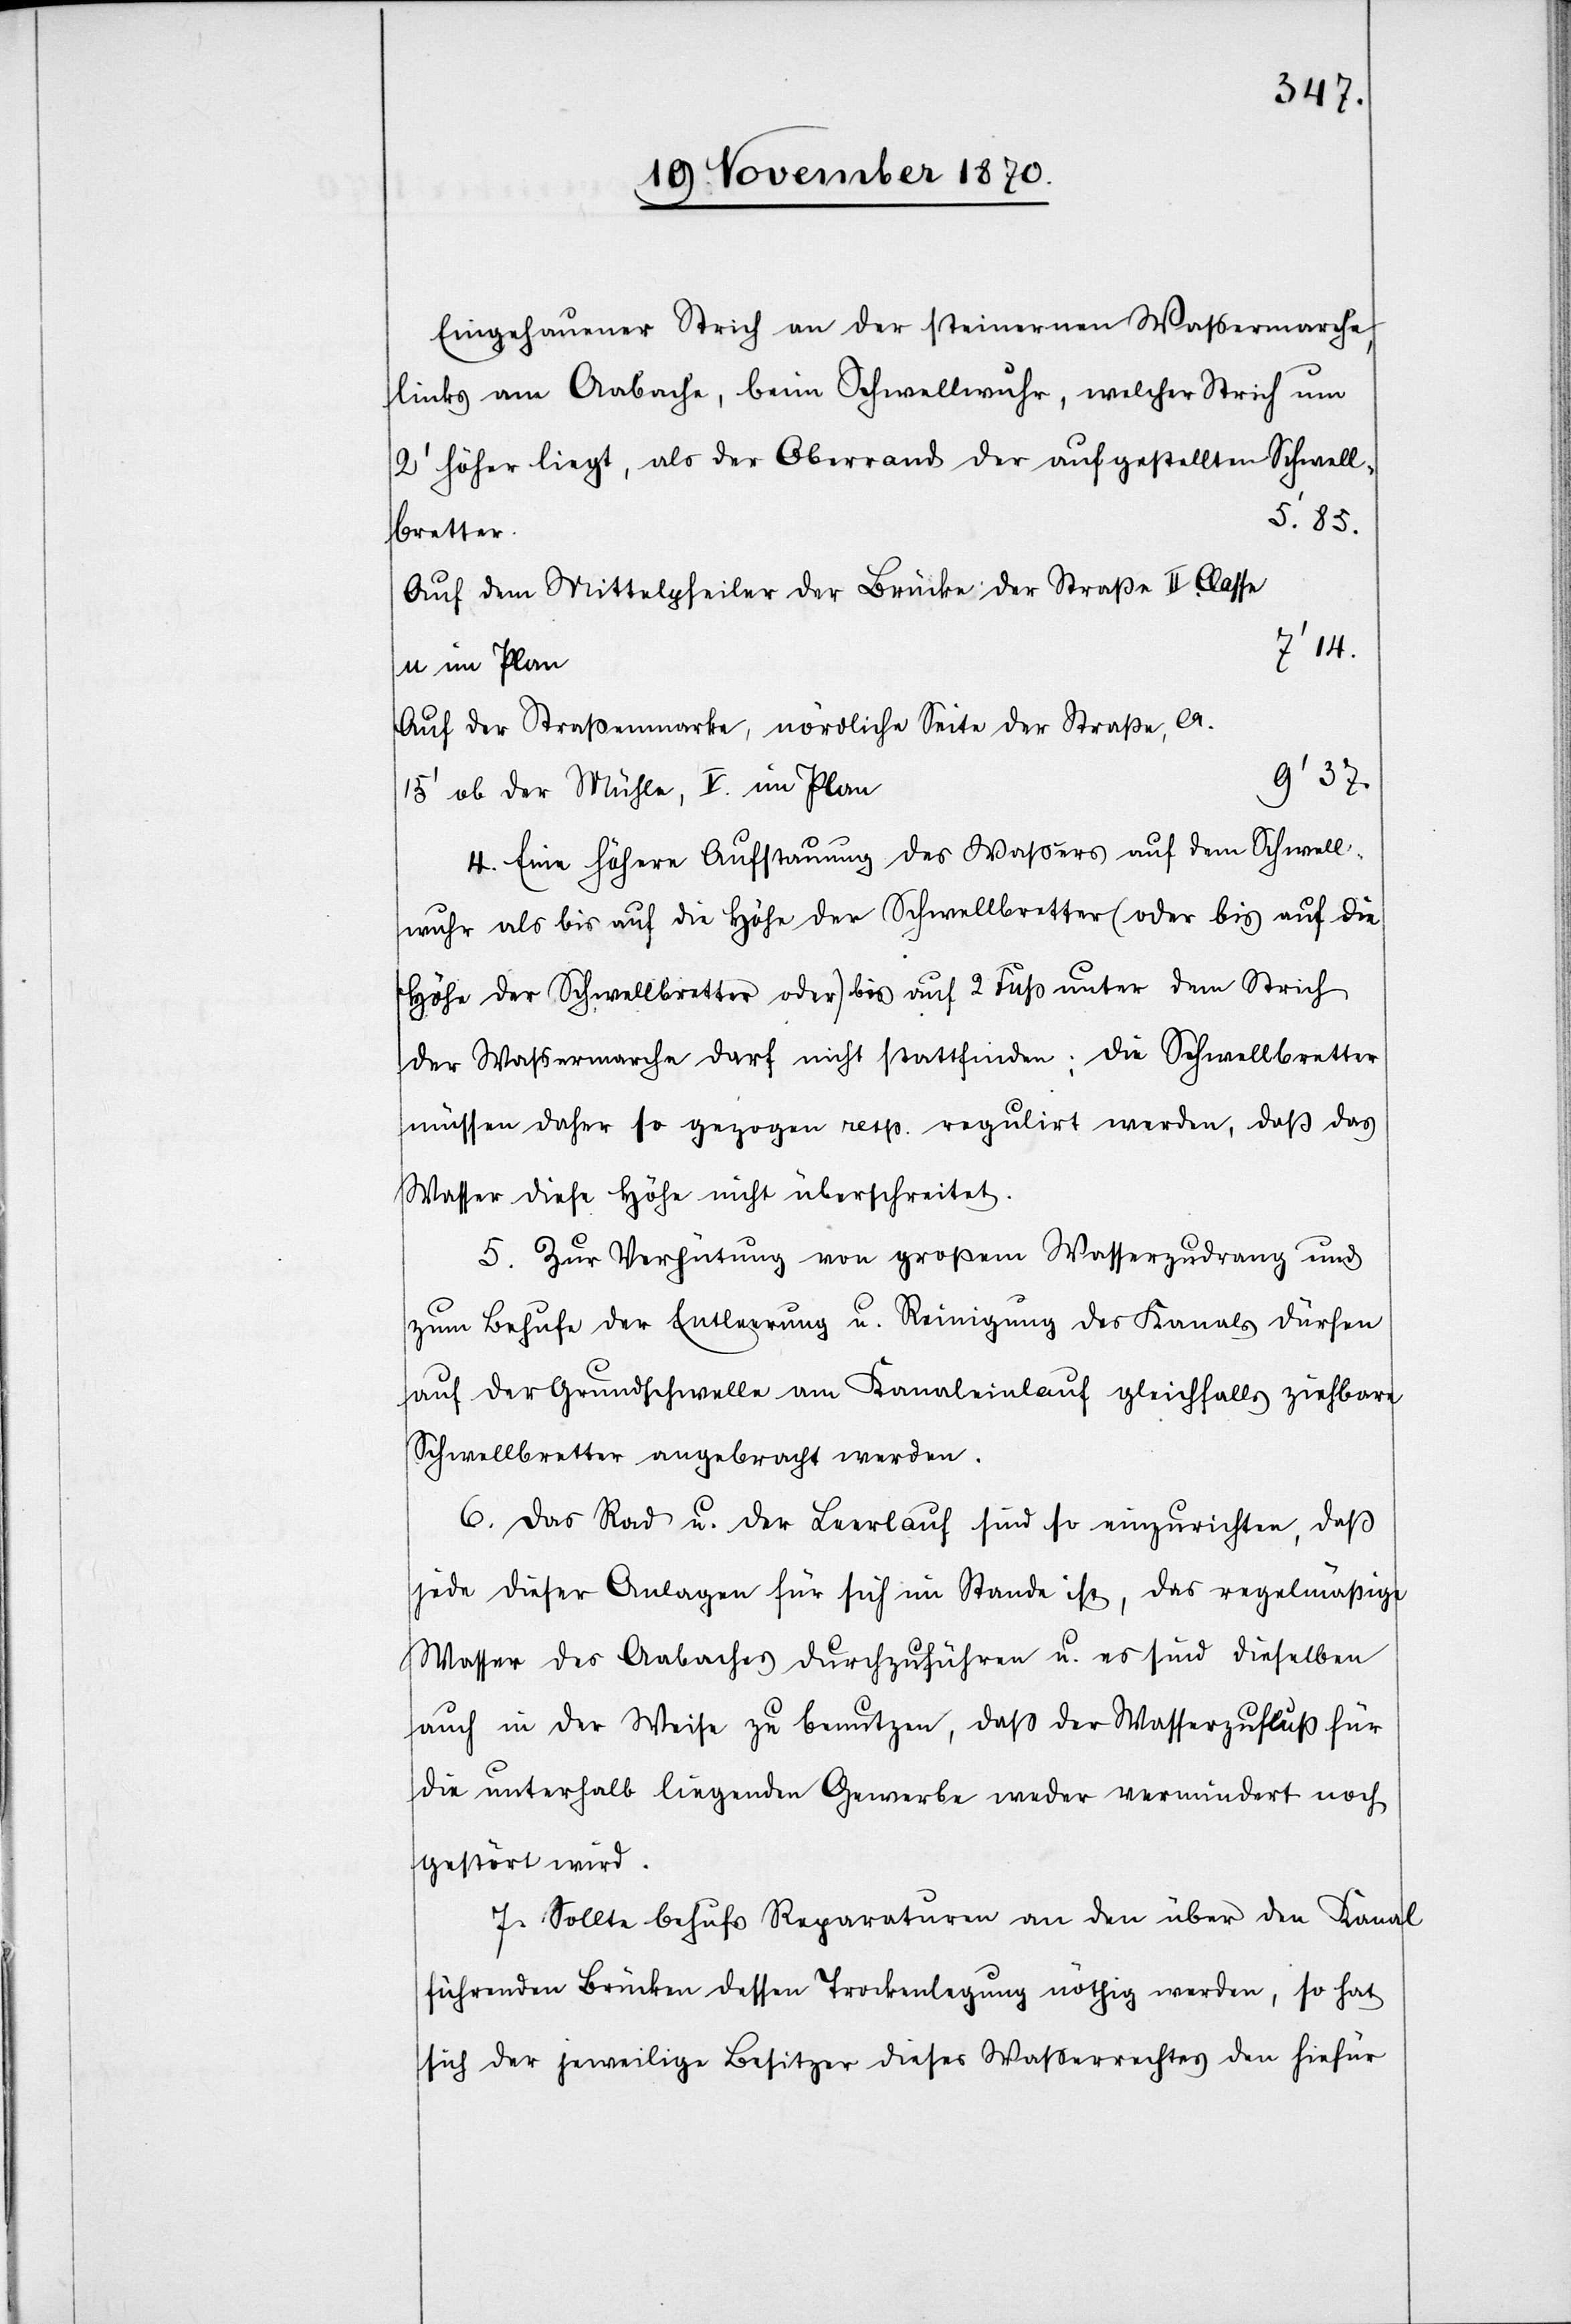
Eingehauener Strich an der steinernen Waßermarche,
links am Aabache, beim Schwellwuhr, welcher Strich um
2’ höher liegt, als der Oberrand der aufgestellten Schwell¬
5’. 85.
bretter.
Auf dem Mittelpfeiler der Brücke der Straße II. Classe
7’ 14.
u im Plan
Auf der Straßenmarke, nördlicher Seite der Straße, ca.
9’ 37.
15’ ob der Mühle, v im Plan
4. Eine höhere Aufstauung des Waßers auf dem Schwell¬
wuhr als bis auf die Höhe der Schwellbretter (oder bis auf die
Höhe der Schwellbretter oder) bis auf 2 Fuß unter dem Strich,
der Waßermarche darf nicht stattfinden: die Schwellbretter
müssen daher so gezogen resp. regulirt werden, daß das
Wasser diese Höhe nicht überschreitet.
5. Zur Verhütung von großem Wasserzudrang und
zum Behufe der Entleerung u. Reinigung des Kanals dürfen
auf der Grundschwelle am Kanaleinlauf gleichfalls ziehbare
Schwellbretter angebracht werden.
6. Das Rad u. der Leerlauf sind so einzurichten, daß
jede dieser Anlagen für sich im Stande ist, das regelmäßige
Wasser des Aabaches durchzuführen u. es sind dieselben
auch in der Weise zu benutzen, daß der Wasserzufluß für
die unterhalb liegenden Gewerbe weder vermindert noch
gestört wird.
7. Sollte behufs Reparaturen an den über den Kanal
führenden Brücken dessen Trockenlegung nöthig werden, so hat
sich der jeweilige Besitzer dieses Wasserrechtes den hiefür